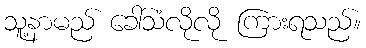
သူ့နာမည် ခေါ်သံလိုလို ကြားရသည်။